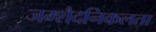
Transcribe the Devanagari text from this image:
जम्‍शैदनिकलता